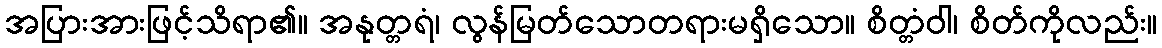
အပြားအားဖြင့်သိရာ၏။ အနုတ္တရံ၊ လွန်မြတ်သောတရားမရှိသော။ စိတ္တံဝါ၊ စိတ်ကိုလည်း။